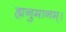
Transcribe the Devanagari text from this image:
ह्यनुमानम्।